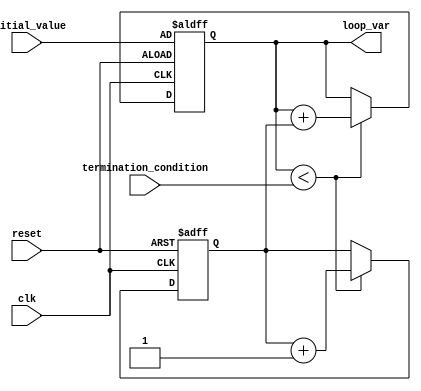
module labelled_for_loop(
  input wire clk,
  input wire reset,
  input wire [31:0] initial_value,
  input wire [31:0] termination_condition,
  output reg [31:0] loop_var
);

  reg [31:0] loop_count;

  always @ (posedge clk or posedge reset) begin
    if (reset) begin
      loop_var <= initial_value;
      loop_count <= 0;
    end else begin
      if (loop_var < termination_condition) begin
        loop_count <= loop_count + 1;
        loop_var <= loop_var + loop_count;
      end
    end
  end

endmodule